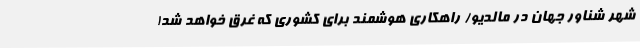
شهر شناور جهان در مالدیو/ راهکاری هوشمند برای کشوری که غرق خواهد شد!